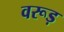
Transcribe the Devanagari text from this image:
वरूड़